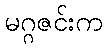
မဂ္ဂဇင်းက